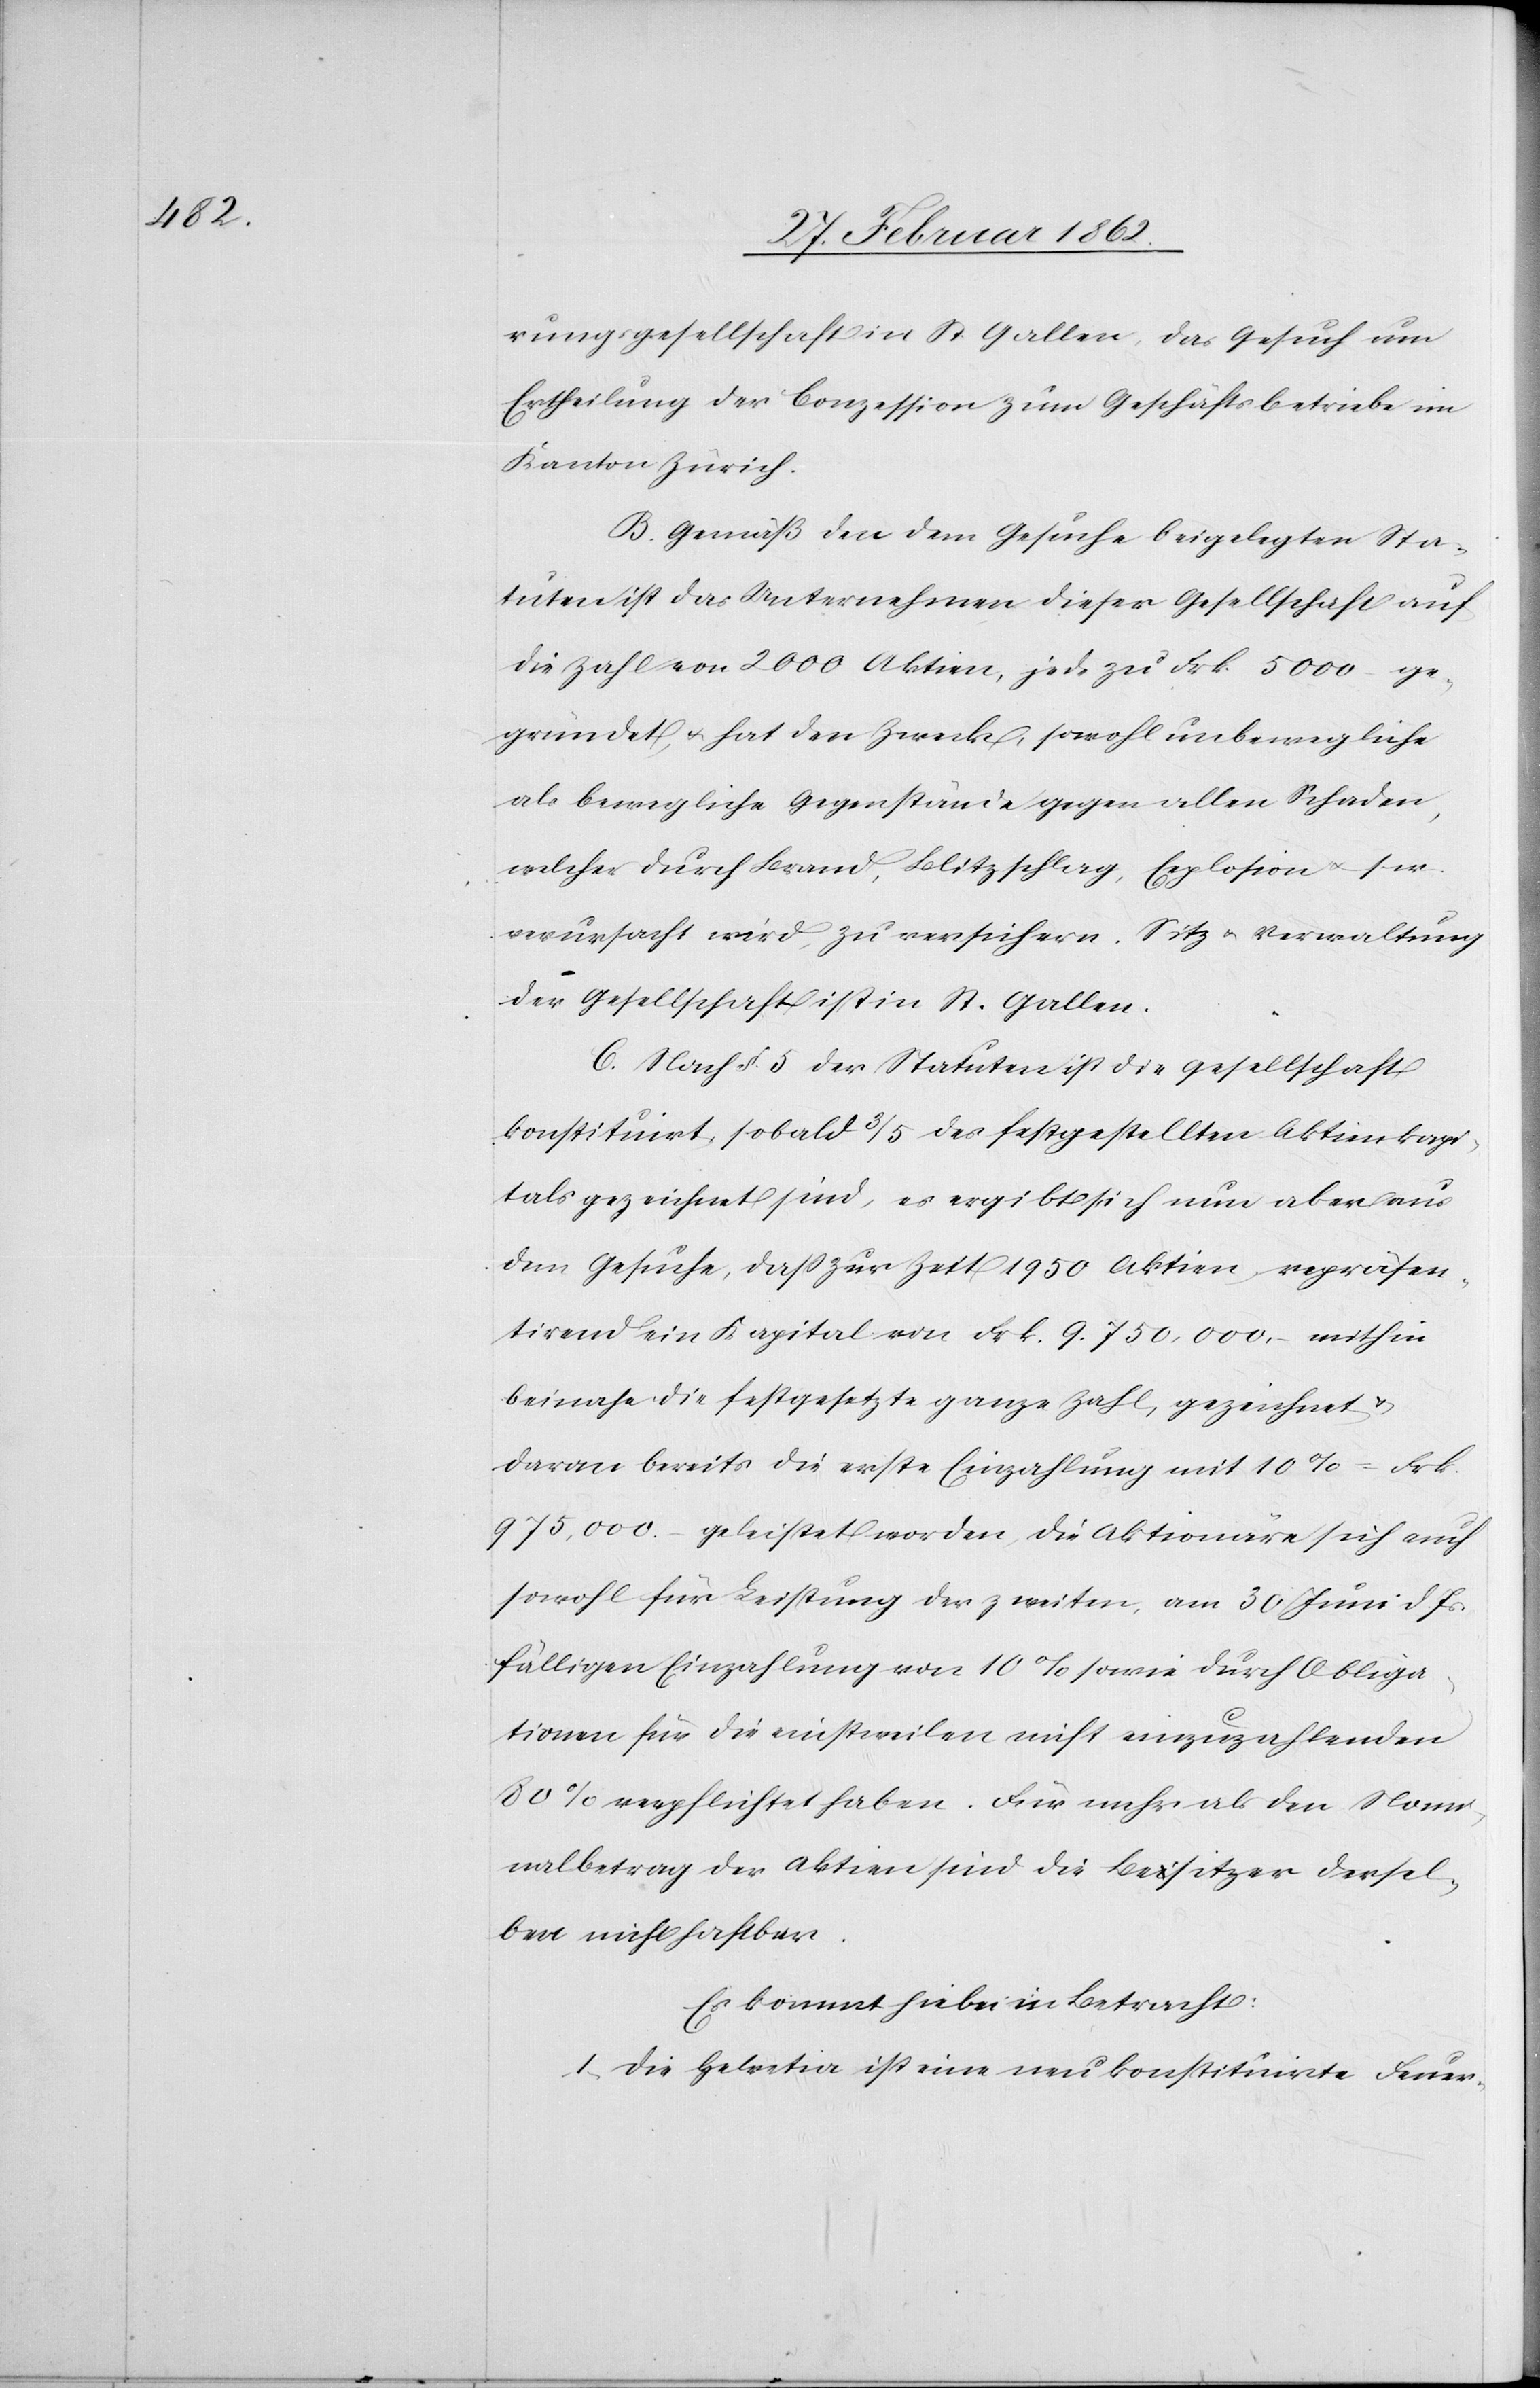
rungsgesellschaft in St. Gallen, das Gesuch um
Ertheilung der Conzession zum Geschäftsbetriebe im
Kanton Zürich.
B. Gemäß den dem Gesuche beigelegten Sta¬
tuten ist das Unternehmen dieser Gesellschaft auf
die Zahl von 2000 Aktien, jede zu Frk. 5000 ge¬
gründet, u. hat den Zweck, sowohl unbewegliche
als bewegliche Gegenstände gegen allen Schaden,
welcher durch Brand, Blitzschlag, Explosion u. s. w.
verursacht wird, zu versichern. Sitz u. Verwaltung
der Gesellschaft ist in St. Gallen.
C. Nach §. 5 der Statuten ist die Gesellschaft
konstituirt, sobald 3/5 des festgestellten Aktienkapi¬
tals gezeichnet sind, es ergibt sich nun aber aus
dem Gesuche, daß zur Zeit 1950 Aktien, repräsen¬
tirend ein Kapital von Frk. 9.750,000.– mithin
beinahe die festgesetzte ganze Zahl, gezeichnet u.
daran bereits die erste Einzahlung mit 10% = Frk.
975,000.– geleistet worden, die Aktionäre sich auch
sowohl für Leistung der zweiten, am 30 Juni d. Js.
fälligen Einzahlung von 10% sowie durch Obliga¬
tionen für die einstweilen nicht einzuzahlenden
80% verpflichtet haben. Für mehr als den Nomi¬
nalbetrag der Aktien sind die Besitzer dersel¬
ben nicht haftbar.
Es kommt hiebei in Betracht:
1) Die Helvetia ist eine neu konstituirte Feuer-